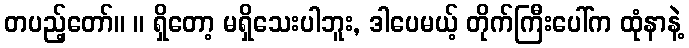
တပည့်တော်။ ။ ရှိတော့ မရှိသေးပါဘူး, ဒါပေမယ့် တိုက်ကြီးပေါ်က ထုံနာနဲ့